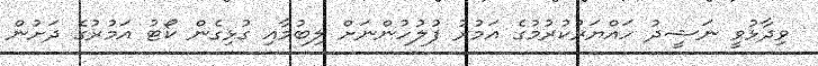
ވިދާޅުވީ ނަޝީދު ހައްޔަރުކުރުމުގެ އަމުރު ފުލުހުންނަށް ލިބުމާއި ގުޅިގެން ކޯޓު އަމުރުގެ ދަށުން